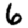
Digit: 6